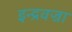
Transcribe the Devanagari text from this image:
इन्द्रवज्रा